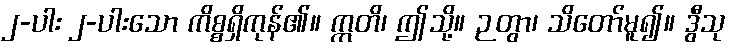
၂-ပါး ၂-ပါးသော ကိစ္စရှိကုန်၏။ ဣတိ၊ ဤသို့။ ဉတွာ၊ သိတော်မူ၍။ ဒွီသု